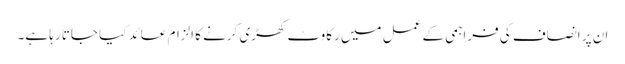
ان پر انصاف کی فراہمی کے عمل میں رکاوٹ کھڑی کرنے کا الزام عائد کیا جاتا رہا ہے۔